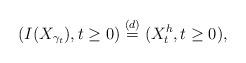
LaTeX: \begin{align*}(I(X_{\gamma_{t}}), t\geq 0)\stackrel{(d)}{=}(X^h_t, t\geq 0),\end{align*}